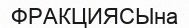
ФРАКЦИЯСЫна